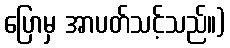
ပြောမှ အာပတ်သင့်သည်။)